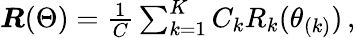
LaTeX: \begin{array}{r}{\boldsymbol{R}(\Theta)=\frac{1}{C}\sum_{k=1}^{K}C_{k}R_{k}(\theta_{(k)})\, ,}\end{array}